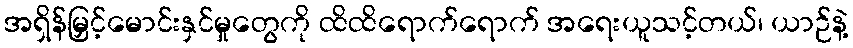
အရှိန်မြှင့်မောင်းနှင်မှုတွေကို ထိထိရောက်ရောက် အရေးယူသင့်တယ်၊ ယာဉ်နဲ့